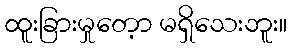
ထူးခြားမှုတေ့ာ မရှိသေးဘူး။